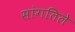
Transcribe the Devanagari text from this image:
सांगतिले